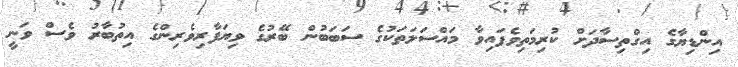
އިންޑިޔާގެ އިގްތިސާދަށް ކުރިމަތިވެފައިވާ މައްސަލަތަކުގެ ސަބަބުން ބޭރުގެ ވިޔަފާރިވެރިންގެ އިތުބާރު ވެސް ވަނީ